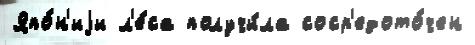
Япо́н'иjи л'е́са получи́ла соср'едото́чен